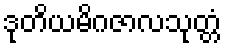
ဒုတိယမိဂဇာလသုတ္တံ